Leaving Certificate Examination (including Day School Certificate (Higher) General paper), 1936
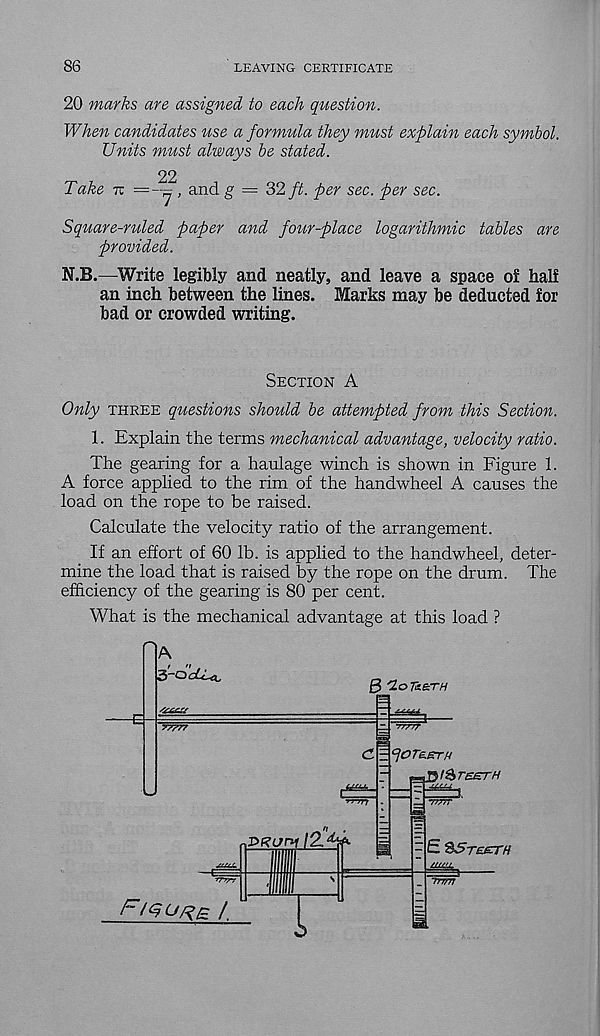
86
LEAVING CERTIFICATE
20 marks are assigned to each question.
When candidates use a formula they must explain each symbol.
Units must always be stated.
22
Take tz =~7 > an d g = 32 ft. per sec. per sec.
Square-ruled paper and four-place logarithmic tables are
provided.
N.B.—Write legibly and neatly, and leave a space of half
an inch between the lines. Marks may be deducted for
bad or crowded writing.
Section A
Only three questions should be attempted from this Section.
1. Explain the terms mechanical advantage, velocity ratio.
The gearing for a haulage winch is shown in Figure 1.
A force applied to the rim of the handwheel A causes the
load on the rope to be raised.
Calculate the velocity ratio of the arrangement.
If an effort of 60 lb. is applied to the handwheel, deter-
mine the load that is raised by the rope on the drum. The
efficiency of the gearing is 80 per cent.
What is the mechanical advantage at this load ?